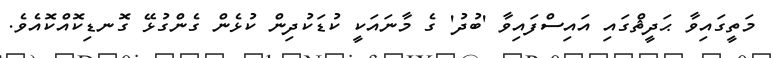
މަތީގައިވާ ޙަދީޘްގައި އައިސްފައިވާ 'ބުދު' ގެ މާނައަކީ ކުޑަކުދިން ކުޅެން ގެންގުޅޭ ގޮނޑިކޮއްކޮއެވެ.